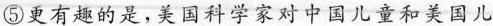
⑤更有趣的是，美国科学家对中国儿童和美国儿